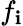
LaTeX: f_{\mathbf{i}}